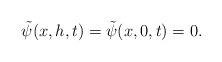
LaTeX: \begin{align*} \tilde \psi(x, h, t)=\tilde \psi(x, 0, t)=0.\end{align*}